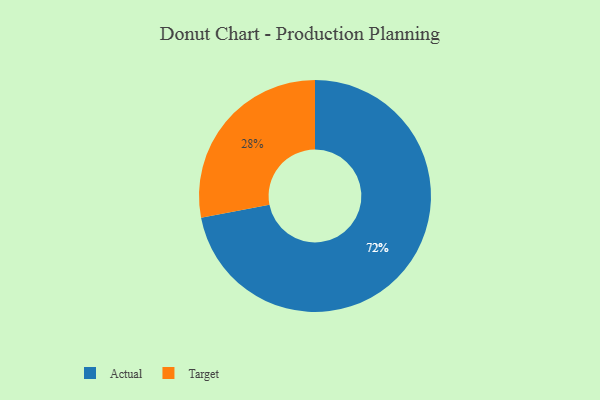
{"axis": {"x": "Category", "y": "Percentage"}, "legend": ["Actual", "Target"], "data": [{"x": "Target", "y": 28, "type": "Target"}, {"x": "Actual", "y": 72, "type": "Actual"}]}